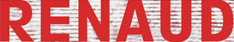
RENAUD